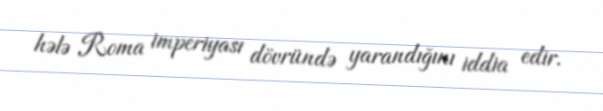
hələ Roma imperiyası dövründə yarandığını iddia edir.